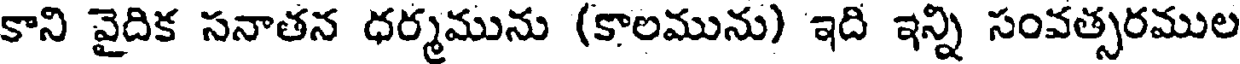
కాని వైదిక సనాతన ధర్మమును (కాలమును) ఇది ఇన్ని సంవత్సరముల